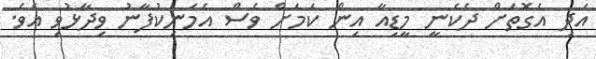
އަދި އެގޮތަށް ދެކެނީ މީޑިއާ އިން ކަމަށް ވެސް އެމަނިކުފާނު ވިދާޅުވި އެވެ.